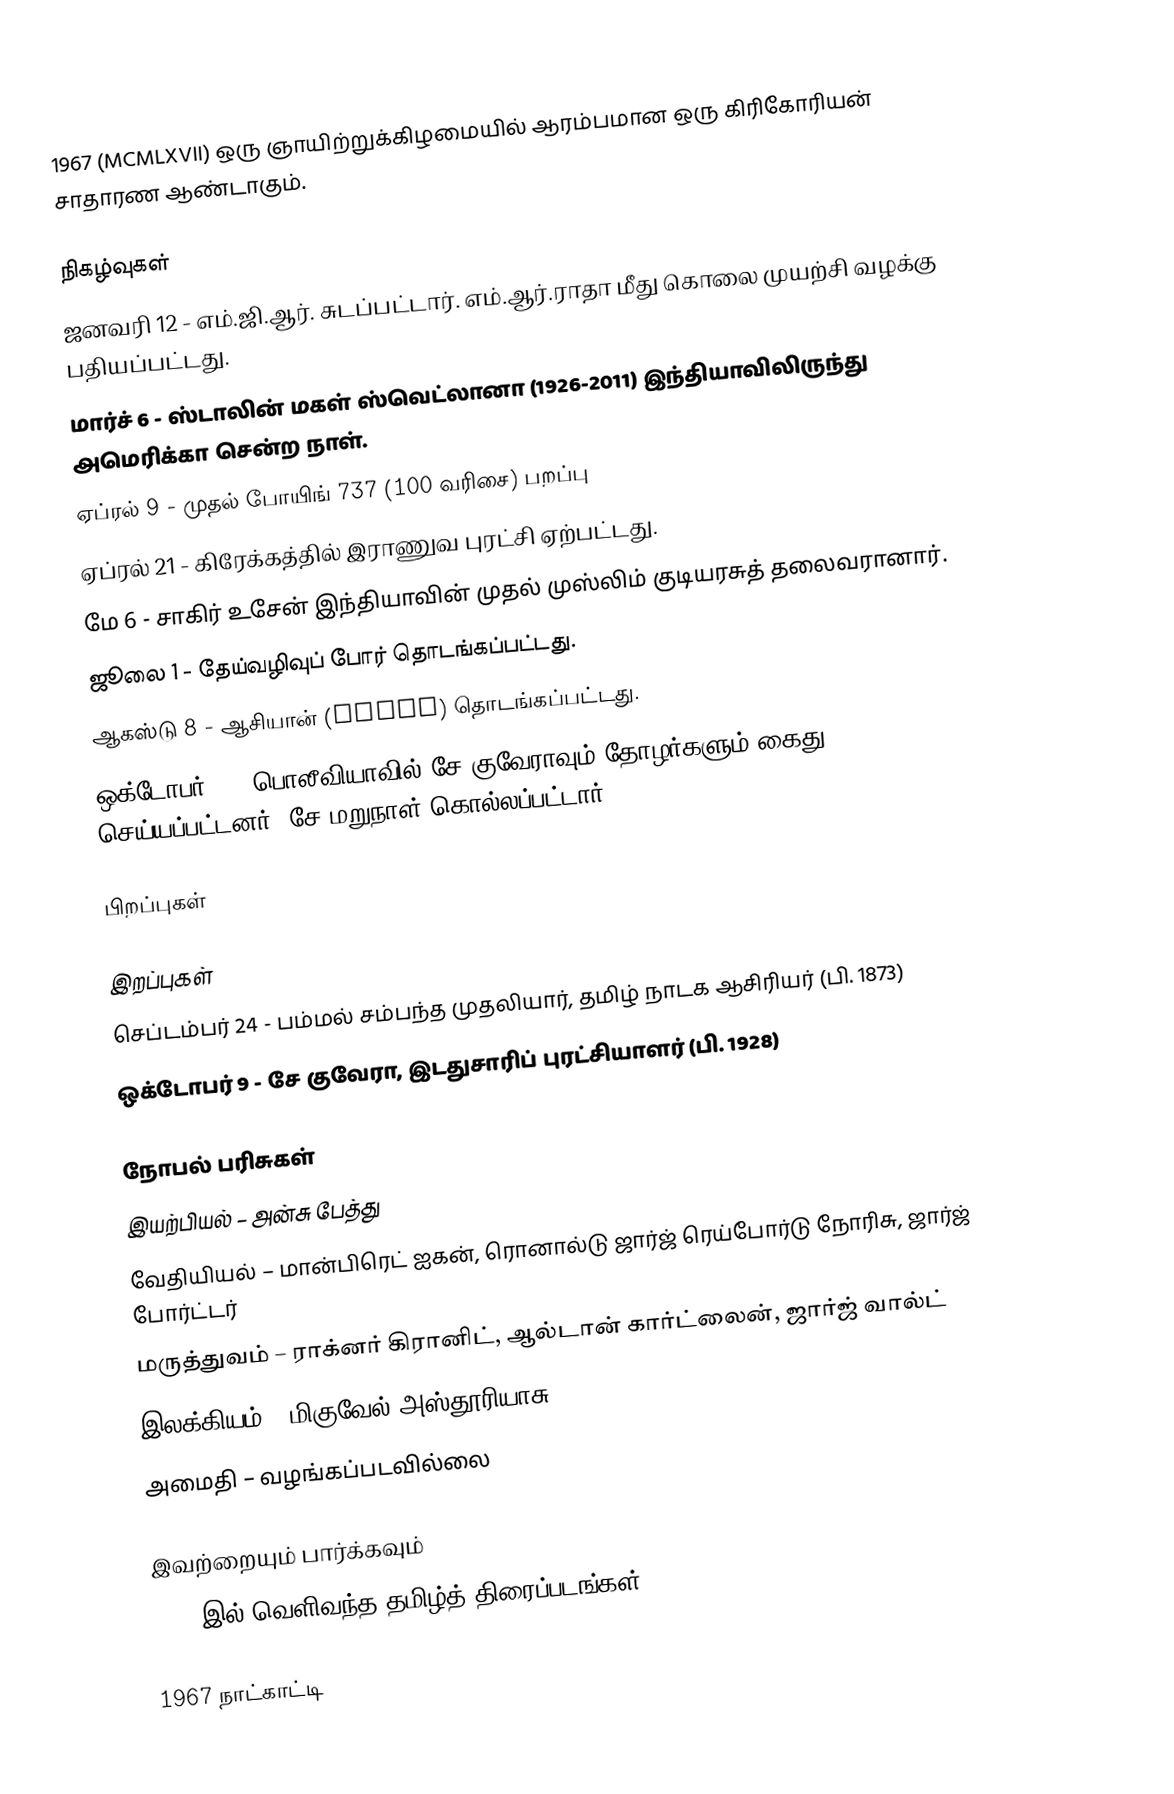
1967  (MCMLXVII) ஒரு ஞாயிற்றுக்கிழமையில் ஆரம்பமான ஒரு கிரிகோரியன் சாதாரண ஆண்டாகும்.

நிகழ்வுகள்
 ஜனவரி 12 - எம்.ஜி.ஆர். சுடப்பட்டார். எம்.ஆர்.ராதா மீது கொலை முயற்சி வழக்கு பதியப்பட்டது.
 மார்ச் 6 - ஸ்டாலின் மகள் ஸ்வெட்லானா (1926-2011) இந்தியாவிலிருந்து அமெரிக்கா சென்ற நாள்.
 ஏப்ரல் 9 - முதல் போயிங் 737 (100 வரிசை) பறப்பு
 ஏப்ரல் 21 - கிரேக்கத்தில் இராணுவ புரட்சி ஏற்பட்டது.
 மே 6 - சாகிர் உசேன் இந்தியாவின் முதல் முஸ்லிம் குடியரசுத் தலைவரானார்.
 ஜூலை 1 - தேய்வழிவுப் போர் தொடங்கப்பட்டது.
 ஆகஸ்டு 8 - ஆசியான் (ASEAN) தொடங்கப்பட்டது.
 ஒக்டோபர் 8 - பொலீவியாவில் சே குவேராவும் தோழர்களும் கைது செய்யப்பட்டனர். சே மறுநாள் கொல்லப்பட்டார்.

பிறப்புகள்

இறப்புகள்
 செப்டம்பர் 24 - பம்மல் சம்பந்த முதலியார், தமிழ் நாடக ஆசிரியர் (பி. 1873)
 ஒக்டோபர் 9 - சே குவேரா, இடதுசாரிப் புரட்சியாளர் (பி. 1928)

நோபல் பரிசுகள்
 இயற்பியல் – அன்சு பேத்து
 வேதியியல் – மான்பிரெட் ஐகன், ரொனால்டு ஜார்ஜ் ரெய்போர்டு நோரிசு, ஜார்ஜ் போர்ட்டர்
 மருத்துவம் – ராக்னர் கிரானிட், ஆல்டான் கார்ட்லைன், ஜார்ஜ் வால்ட்
 இலக்கியம் – மிகுவேல் அஸ்தூரியாசு
 அமைதி – வழங்கப்படவில்லை

இவற்றையும் பார்க்கவும்
 1967 இல் வெளிவந்த தமிழ்த் திரைப்படங்கள்

1967 நாட்காட்டி